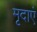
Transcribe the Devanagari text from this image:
मृदाएं